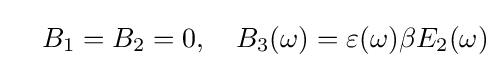
\quad B_{1}=B_{2}=0,\quad B_{3}(\omega )=\varepsilon (\omega )\beta E_{2}(\omega )